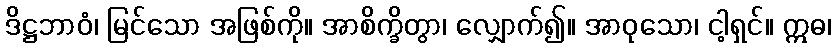
ဒိဋ္ဌဘာဝံ၊ မြင်သော အဖြစ်ကို။ အာစိက္ခိတွာ၊ လျှောက်၍။ အာဝုသော၊ ငါ့ရှင်။ ဣဓ၊